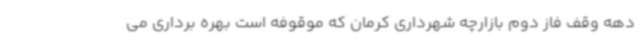
دهه وقف فاز دوم بازارچه شهرداری کرمان که موقوفه است بهره برداری می